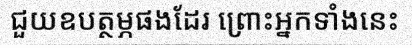
ជួយឧបត្ថម្ភផងដែរ ព្រោះអ្នកទាំងនេះ